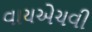
વાયએચવી